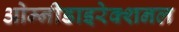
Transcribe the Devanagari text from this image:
ओम्नीडाइरेक्शनल